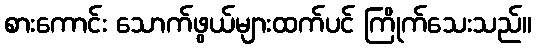
စားကောင်း သောက်ဖွယ်များထက်ပင် ကြိုက်သေးသည်။